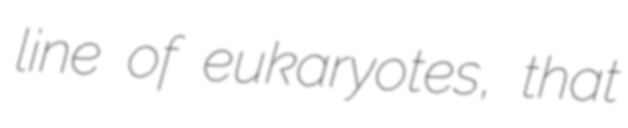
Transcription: line of eukaryotes, that